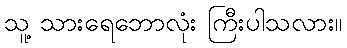
သူ့ သားရေဘောလုံး ကြီးပါသလား။